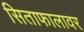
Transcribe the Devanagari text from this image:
सिताफालावर